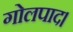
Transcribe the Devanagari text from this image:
गोलपाद।